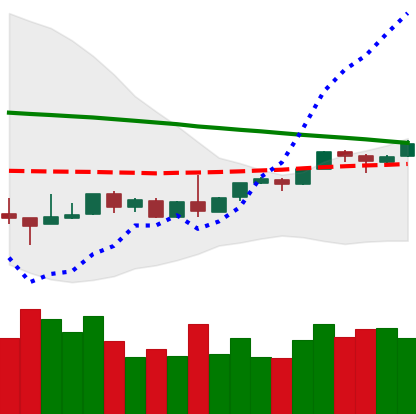
Ticker: BTC-USD
Chart end date: 2018-09-01
Forward return: -9.232%
Label: down_7plus